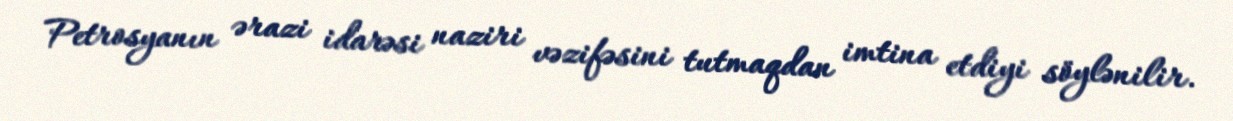
Petrosyanın ərazi idarəsi naziri vəzifəsini tutmaqdan imtina etdiyi söylənilir.